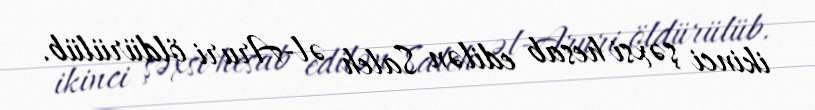
ikinci şəxsi hesab edilən Saleh əl-Aruri öldürülüb.